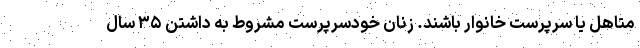
متاهل یا سرپرست خانوار باشند. زنان خودسرپرست مشروط به داشتن ۳۵ سال